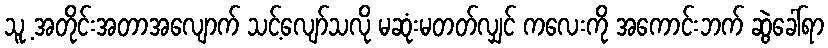
သူ့ အတိုင်းအတာအလျောက် သင့်လျော်သလို မဆုံးမတတ်လျှင် ကလေးကို အကောင်းဘက် ဆွဲခေါ်ရာ